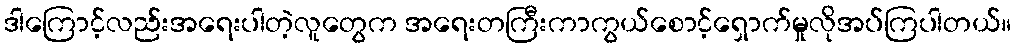
ဒါကြောင့်လည်းအရေးပါတဲ့လူတွေက အရေးတကြီးကာကွယ်စောင့်ရှောက်မှုလိုအပ်ကြပါတယ်။